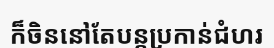
ក៏ចិននៅតែបន្តប្រកាន់ជំហរ